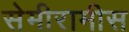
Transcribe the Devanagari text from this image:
सेमीरामीस